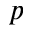
p